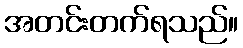
အတင်းတက်ရသည်။